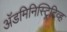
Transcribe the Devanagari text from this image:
अॅडमिनिस्ट्रिटिव्ह